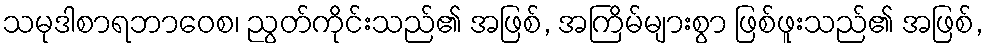
သမုဒါစာရဘာဝေစ၊ ညွတ်ကိုင်းသည်၏ အဖြစ်, အကြိမ်များစွာ ဖြစ်ဖူးသည်၏ အဖြစ်,